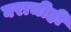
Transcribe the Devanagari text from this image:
घराचीही